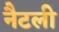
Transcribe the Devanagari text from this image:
नैटली